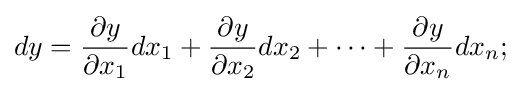
dy={\frac {\partial y}{\partial x_{1}}}dx_{1}+{\frac {\partial y}{\partial x_{2}}}dx_{2}+\dots +{\frac {\partial y}{\partial x_{n}}}dx_{n};